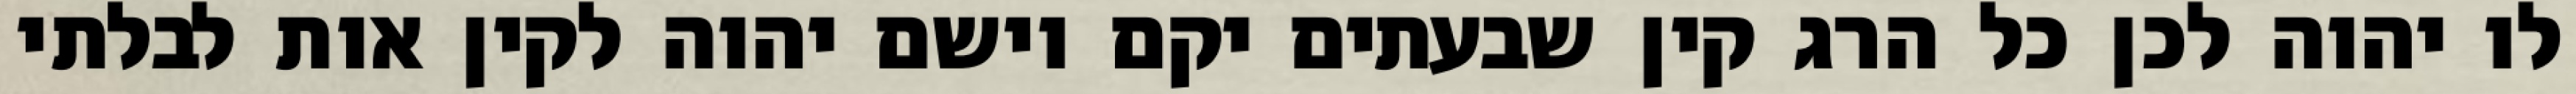
לו יהוה לכן כל הרג קין שבעתים יקם וישם יהוה לקין אות לבלתי